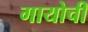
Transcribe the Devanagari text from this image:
गायोची